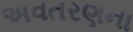
અવતરણના